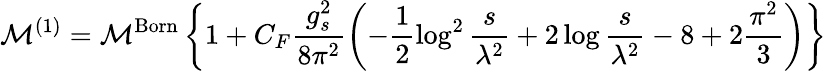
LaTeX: {\cal M}^{(1)}={\cal M}^{\mathrm{Born}}\left\{ 1+C_{F}\frac{g_{s}^{2}}{8\pi^{2}}\left(-\frac{1}{2}\log^{2}\frac{s}{\lambda^{2}}+2\log\frac{s}{\lambda^{2}}-8+2\frac{\pi^{2}}{3}\right)\right\}